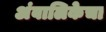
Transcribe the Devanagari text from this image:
अंबालिकेचा